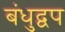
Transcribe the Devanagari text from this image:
बंधुद्वप